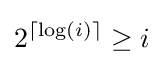
2^{\lceil \log(i)\rceil }\geq i